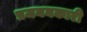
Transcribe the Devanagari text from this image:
प्रजननकारी